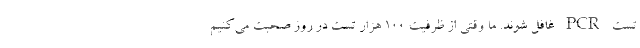
تست PCR غافل شوند. ما وقتی از ظرفیت 100 هزار تست در روز صحبت می‌کنیم